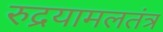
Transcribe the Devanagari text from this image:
रुद्रयामलतंत्र